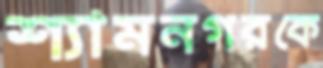
শ্যামনগরকে